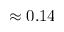
\approx 0 . 1 4